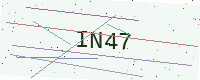
Text: IN47